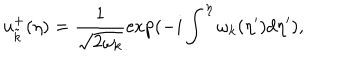
LaTeX: u _ { \tilde { k } } ^ { + } ( \eta ) = \frac { 1 } { \sqrt { 2 \omega _ { k } } } \exp ( - i \int ^ { \eta } \omega _ { k } ( \eta ^ { \prime } ) d \eta ^ { \prime } ) ,